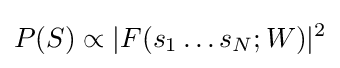
P(S)\propto |F(s_{1}\ldots s_{N};W)|^{2}